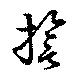
誓